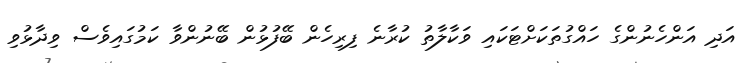
އަދި އަންހެނުންގެ ހައްގުތަކަށްޓަކައި ވަކާލާތު ކުރާނެ ފިރިހެން ބޭފުޅުން ބޭނުންވާ ކަމުގައިވެސް ވިދާޅުވި